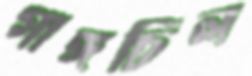
গাঙ্গচিল